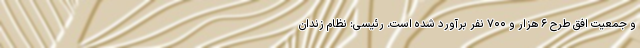
و جمعیت افق طرح ۶ هزار و ۷۰۰ نفر برآورد شده است. رئیسی: نظام زندان